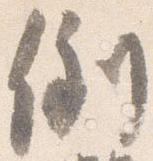
倒